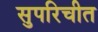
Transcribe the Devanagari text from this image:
सुपरिचीत